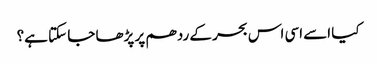
کیا اسے اسی اس بحر کے ردھم پر پڑھا جا سکتا ہے؟